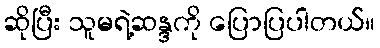
ဆိုပြီး သူမရဲ့ဆန္ဒကို ပြောပြပါတယ်။